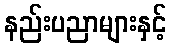
နည်းပညာများနှင့်